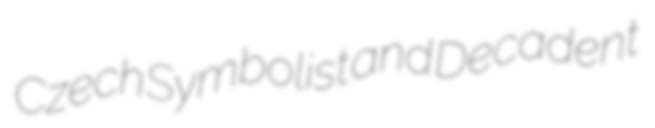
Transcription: Czech Symbolist and Decadent